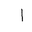
Letter: _alif